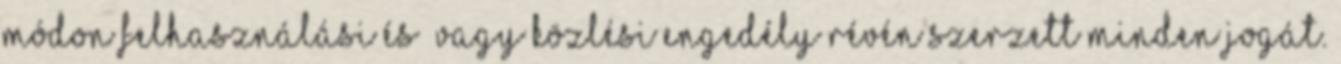
módon felhasználási és vagy közlési engedély révén szerzett minden jogát.